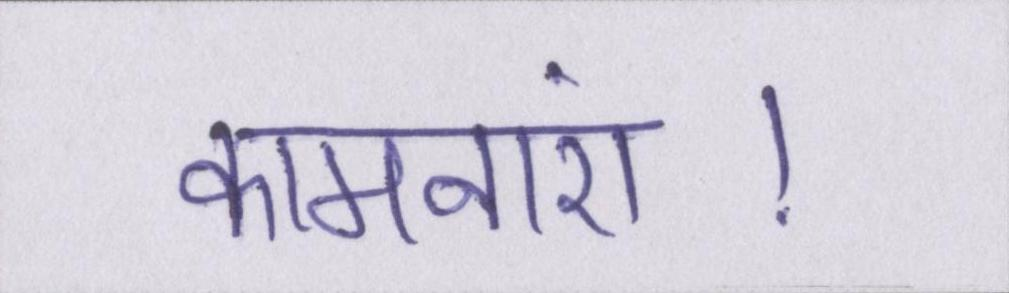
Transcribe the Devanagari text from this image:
कामनाएं।